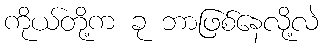
ကိုယ်တို့က ခု ဘာဖြစ်နေလို့လဲ